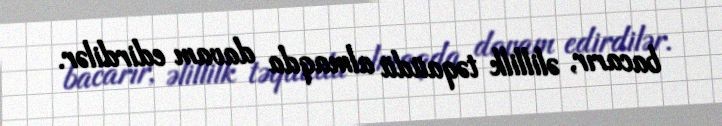
bacarır, əlillilk təqaüdü almaqda davam edirdilər.